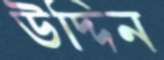
উদ্দিন